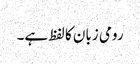
رومی زبان کا لفظ ہے۔